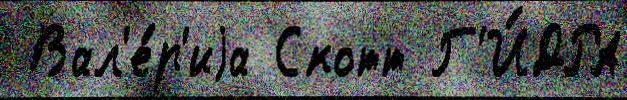
 Вал'е́р'иjа Скотт Г'И́ДРА